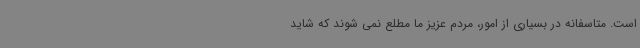
است. متاسفانه در بسیاری از امور، مردم عزیز ما مطلع نمی شوند که شاید